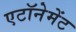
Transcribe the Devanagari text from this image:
एटॉनेमेंट